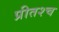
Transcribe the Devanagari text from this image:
प्रीतश्च